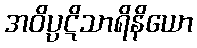
အဝိပ္ပဋိသာရိနိယော